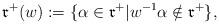
LaTeX: \begin{align*}\mathfrak{r}^+(w):=\{\alpha \in \mathfrak{r}^+ \vert w^{-1} \alpha \notin \mathfrak{r}^+ \},\end{align*}